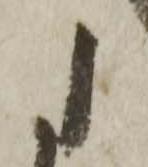
に